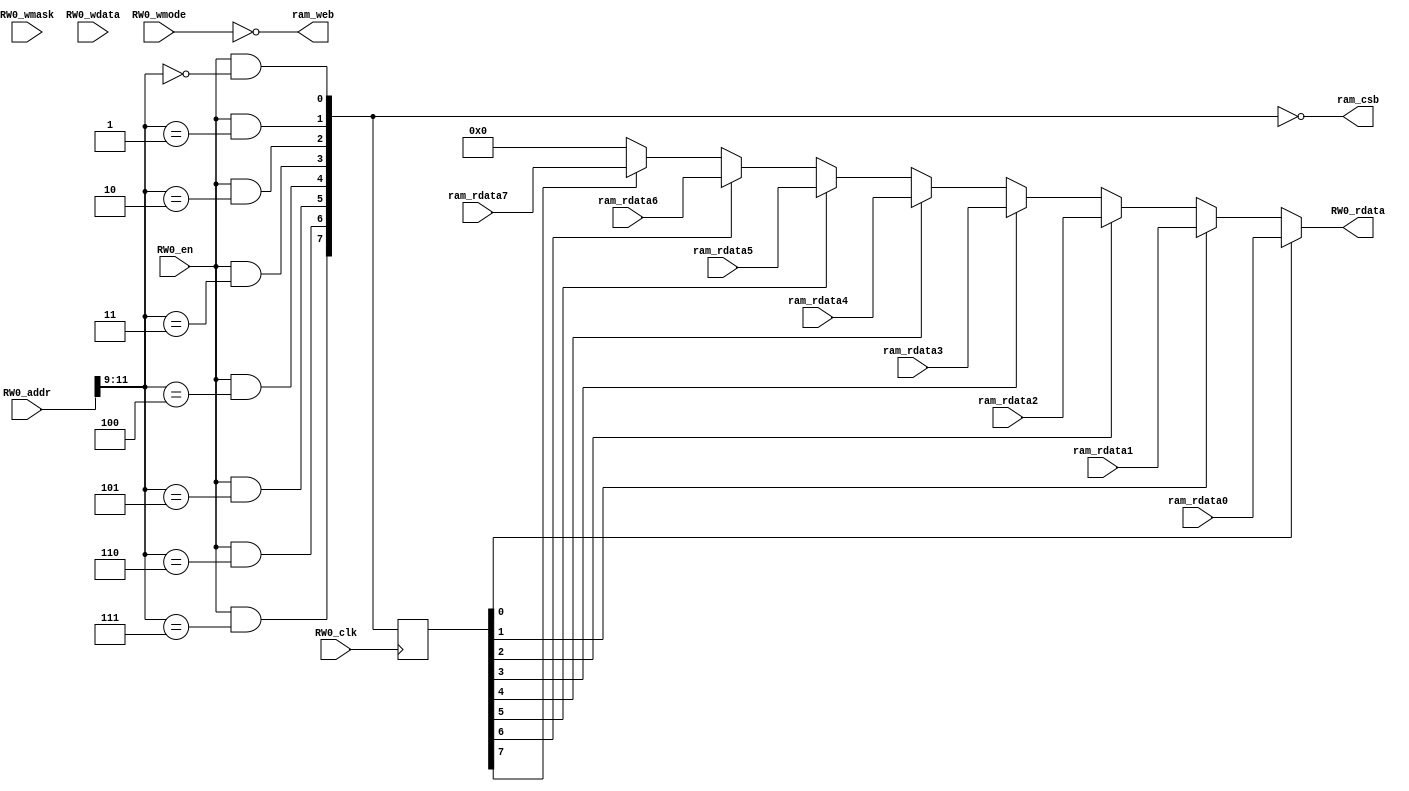
//--------------------------------------------------------------------
module data_arrays_0_ext(
  input RW0_clk,
  input [11:0] RW0_addr,
  input RW0_en,
  input RW0_wmode,
  input [3:0] RW0_wmask,
  input [31:0] RW0_wdata,
  output [31:0] RW0_rdata,
  output [7:0]  ram_csb,
  output        ram_web,
  input  [31:0] ram_rdata0,
  input  [31:0] ram_rdata1,
  input  [31:0] ram_rdata2,
  input  [31:0] ram_rdata3,
  input  [31:0] ram_rdata4,
  input  [31:0] ram_rdata5,
  input  [31:0] ram_rdata6,
  input  [31:0] ram_rdata7
);

  wire [7:0]  ram_sel;
  reg  [7:0]  ram_rdata_sel;

  // RAM select
  assign ram_sel[0] = RW0_en & (RW0_addr[11:9] == 3'b000);
  assign ram_sel[1] = RW0_en & (RW0_addr[11:9] == 3'b001);
  assign ram_sel[2] = RW0_en & (RW0_addr[11:9] == 3'b010);
  assign ram_sel[3] = RW0_en & (RW0_addr[11:9] == 3'b011);
  assign ram_sel[4] = RW0_en & (RW0_addr[11:9] == 3'b100);
  assign ram_sel[5] = RW0_en & (RW0_addr[11:9] == 3'b101);
  assign ram_sel[6] = RW0_en & (RW0_addr[11:9] == 3'b110);
  assign ram_sel[7] = RW0_en & (RW0_addr[11:9] == 3'b111);

  // RAM chip select (active low)
  assign ram_csb = ~ram_sel;

  // RAM write enable (active low)
  assign ram_web = ~RW0_wmode;

  // RAM read data select
  always @(posedge RW0_clk) begin
    ram_rdata_sel <= ram_sel;
  end

  // RAM read data selector
  assign RW0_rdata = ram_rdata_sel[0] ? ram_rdata0 :
                     ram_rdata_sel[1] ? ram_rdata1 :
                     ram_rdata_sel[2] ? ram_rdata2 :
                     ram_rdata_sel[3] ? ram_rdata3 :
                     ram_rdata_sel[4] ? ram_rdata4 :
                     ram_rdata_sel[5] ? ram_rdata5 :
                     ram_rdata_sel[6] ? ram_rdata6 :
                     ram_rdata_sel[7] ? ram_rdata7 : 32'd0;
endmodule

//--------------------------------------------------------------------
module tag_array_ext(
  input RW0_clk,
  input [6:0] RW0_addr,
  input RW0_en,
  input RW0_wmode,
  input [1:0] RW0_wmask,
  input [39:0] RW0_wdata,
  output [39:0] RW0_rdata,
  output        ram_csb,
  output        ram_web,
  input  [31:0] ram_rdata0,
  input  [31:0] ram_rdata1
);

  // RAM chip select (active low)
  assign ram_csb = ~RW0_en;

  // RAM write enable (active low)
  assign ram_web = ~RW0_wmode;

  // RAM read data
  assign RW0_rdata = {ram_rdata1[19:0], ram_rdata0[19:0]};
endmodule

//--------------------------------------------------------------------
module data_arrays_0_0_ext(
  input RW0_clk,
  input [10:0] RW0_addr,
  input RW0_en,
  input RW0_wmode,
  input [1:0] RW0_wmask,
  input [63:0] RW0_wdata,
  output [63:0] RW0_rdata,
  output [3:0]  ram_csb,
  output        ram_web,
  input  [63:0] ram_rdata0,
  input  [63:0] ram_rdata1,
  input  [63:0] ram_rdata2,
  input  [63:0] ram_rdata3
);

  wire [3:0]  ram_sel;
  reg  [3:0]  ram_rdata_sel;

  // RAM select
  assign ram_sel[0] = RW0_en & (RW0_addr[10:9] == 2'b00);
  assign ram_sel[1] = RW0_en & (RW0_addr[10:9] == 2'b01);
  assign ram_sel[2] = RW0_en & (RW0_addr[10:9] == 2'b10);
  assign ram_sel[3] = RW0_en & (RW0_addr[10:9] == 2'b11);

  // RAM chip select (active low)
  assign ram_csb = ~ram_sel;

  // RAM write enable (active low)
  assign ram_web = ~RW0_wmode;

  // RAM read data select
  always @(posedge RW0_clk) begin
    ram_rdata_sel <= ram_sel;
  end

  // RAM read data selector
  assign RW0_rdata = ram_rdata_sel[0] ? ram_rdata0 :
                     ram_rdata_sel[1] ? ram_rdata1 :
                     ram_rdata_sel[2] ? ram_rdata2 :
                     ram_rdata_sel[3] ? ram_rdata3 : 64'd0;
endmodule